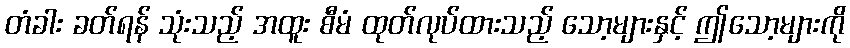
တံခါး ခတ်ရန် သုံးသည့် အထူး စီမံ ထုတ်လုပ်ထားသည့် သော့များနှင့် ဤသော့များကို